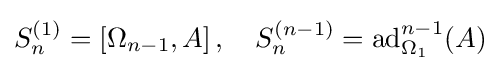
S_{n}^{(1)}=\left[\Omega _{n-1},A\right],\quad S_{n}^{(n-1)}=\operatorname {ad} _{\Omega _{1}}^{n-1}(A)